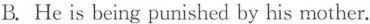
B. He is being punished by his mother.